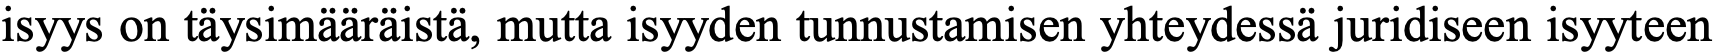
isyys on täysimääräistä, mutta isyyden tunnustamisen yhteydessä juridiseen isyyteen